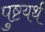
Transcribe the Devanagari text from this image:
पुष्टयर्थ